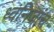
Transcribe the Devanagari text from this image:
ध्वनिजांच